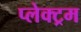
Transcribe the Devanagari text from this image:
प्लेक्ट्रम